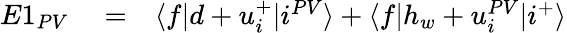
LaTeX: \begin{array}{rlr}{E1_{PV}}&{{}=}&{\langle f|d+u_{i}^{+}|i^{PV}\rangle+\langle f|h_{w}+u_{i}^{PV}|i^{+}\rangle}\end{array}